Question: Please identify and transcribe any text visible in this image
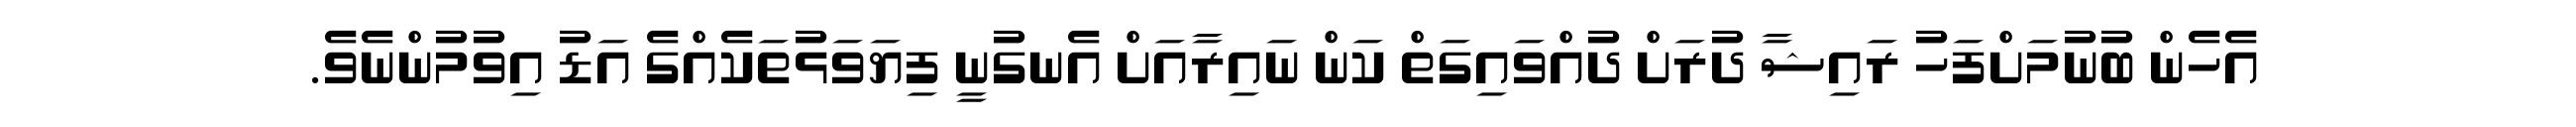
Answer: އެހެން ބުނުމަށްފަހު ރައިޝާ ދުރަށް ދުއްވައިގަތް ކަން ނައިރާއަށް އެނގުނީ ފިޔަވަޅުތަކެއްގެ އަޑު އިވުމުންނެވެ.